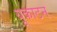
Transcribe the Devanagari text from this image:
यूकाटन